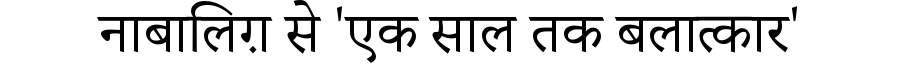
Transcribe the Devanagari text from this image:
नाबालिग़ से 'एक साल तक बलात्कार'